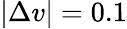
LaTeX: |\Delta v|=0.1